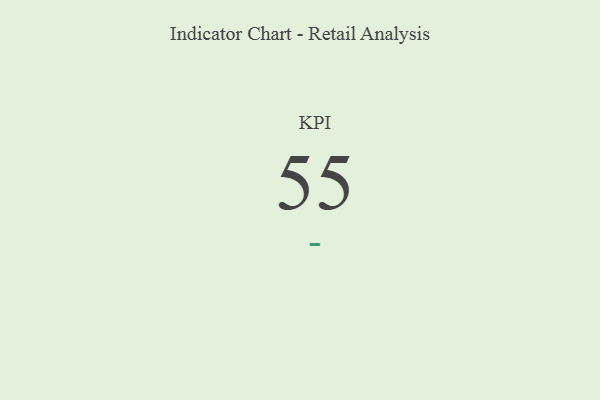
{"axis": {"x": "KPI", "y": "Value"}, "legend": [""], "data": [{"x": "KPI", "y": 55, "type": ""}]}